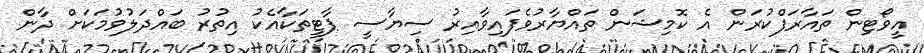
އީވޯޓިން ތައާރަފްކުރަން އެ ކޮމިޝަން ތައްޔާރުވެފައިވާއިރު ސިޔާސީ ޕާޓީތަކާއެކު އިތުރު ބައްދަލުވުމަކަށް ދާން